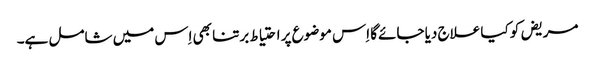
مریض کو کیا علاج دیا جائے‌گا اِس موضوع پر احتیاط برتنا بھی اِس میں شامل ہے۔